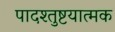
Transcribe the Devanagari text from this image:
पादश्तुष्टयात्मक